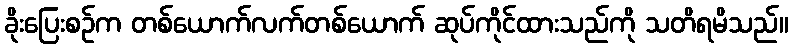
ခိုးပြေးစဉ်က တစ်ယောက်လက်တစ်ယောက် ဆုပ်ကိုင်ထားသည်ကို သတိရမိသည်။